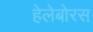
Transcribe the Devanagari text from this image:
हेलेबोरस